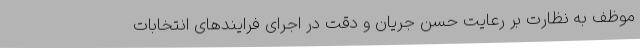
موظف به نظارت بر رعایت حسن جریان و دقت در اجرای فرایندهای انتخابات